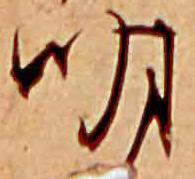
明